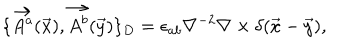
\{ \vec { A ^ { a } } ( \vec { x } ) , \vec { A ^ { b } } ( \vec { y } ) \} _ { D } = \epsilon _ { a b } \nabla ^ { - 2 } \nabla \times \delta ( \vec { x } - \vec { y } ) ,